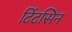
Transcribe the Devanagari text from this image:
टिंटसिन